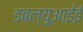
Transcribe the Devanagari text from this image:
डबल्यूआईई